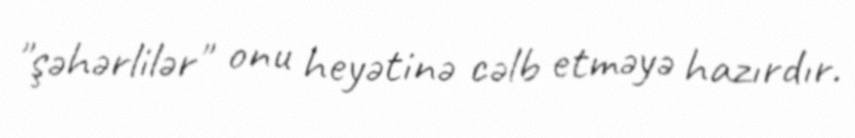
"şəhərlilər" onu heyətinə cəlb etməyə hazırdır.